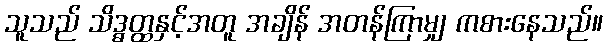
သူသည် သိဒ္ဓတ္ထနှင့်အတူ အချိန် အတန်ကြာမျှ ကစားနေသည်။